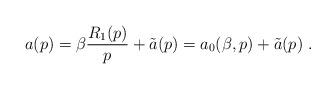
LaTeX: \begin{align*}a(p)=\beta\frac{R_1(p)}p+\tilde a(p)=a_0(\beta,p)+\tilde a(p)\ .\end{align*}